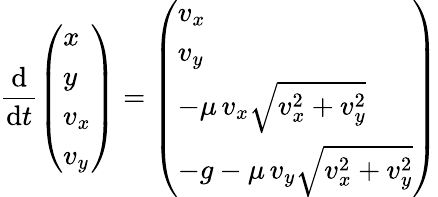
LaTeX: {\frac{\mathrm{d}}{\mathrm{d}t}}{\left(\begin{array}{l}{x}\\ {y}\\ {v_{x}}\\ {v_{y}}\end{array}\right)}={\left(\begin{array}{l}{v_{x}}\\ {v_{y}}\\ {-\mu\, v_{x}{\sqrt{v_{x}^{2}+v_{y}^{2}}}}\\ {-g-\mu\, v_{y}{\sqrt{v_{x}^{2}+v_{y}^{2}}}}\end{array}\right)}